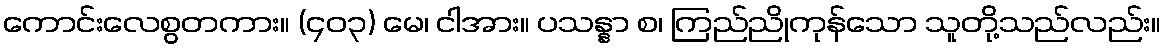
ကောင်းလေစွတကား။ (၄၀၃) မေ၊ ငါအား။ ပသန္နာ စ၊ ကြည်ညိုကုန်သော သူတို့သည်လည်း။